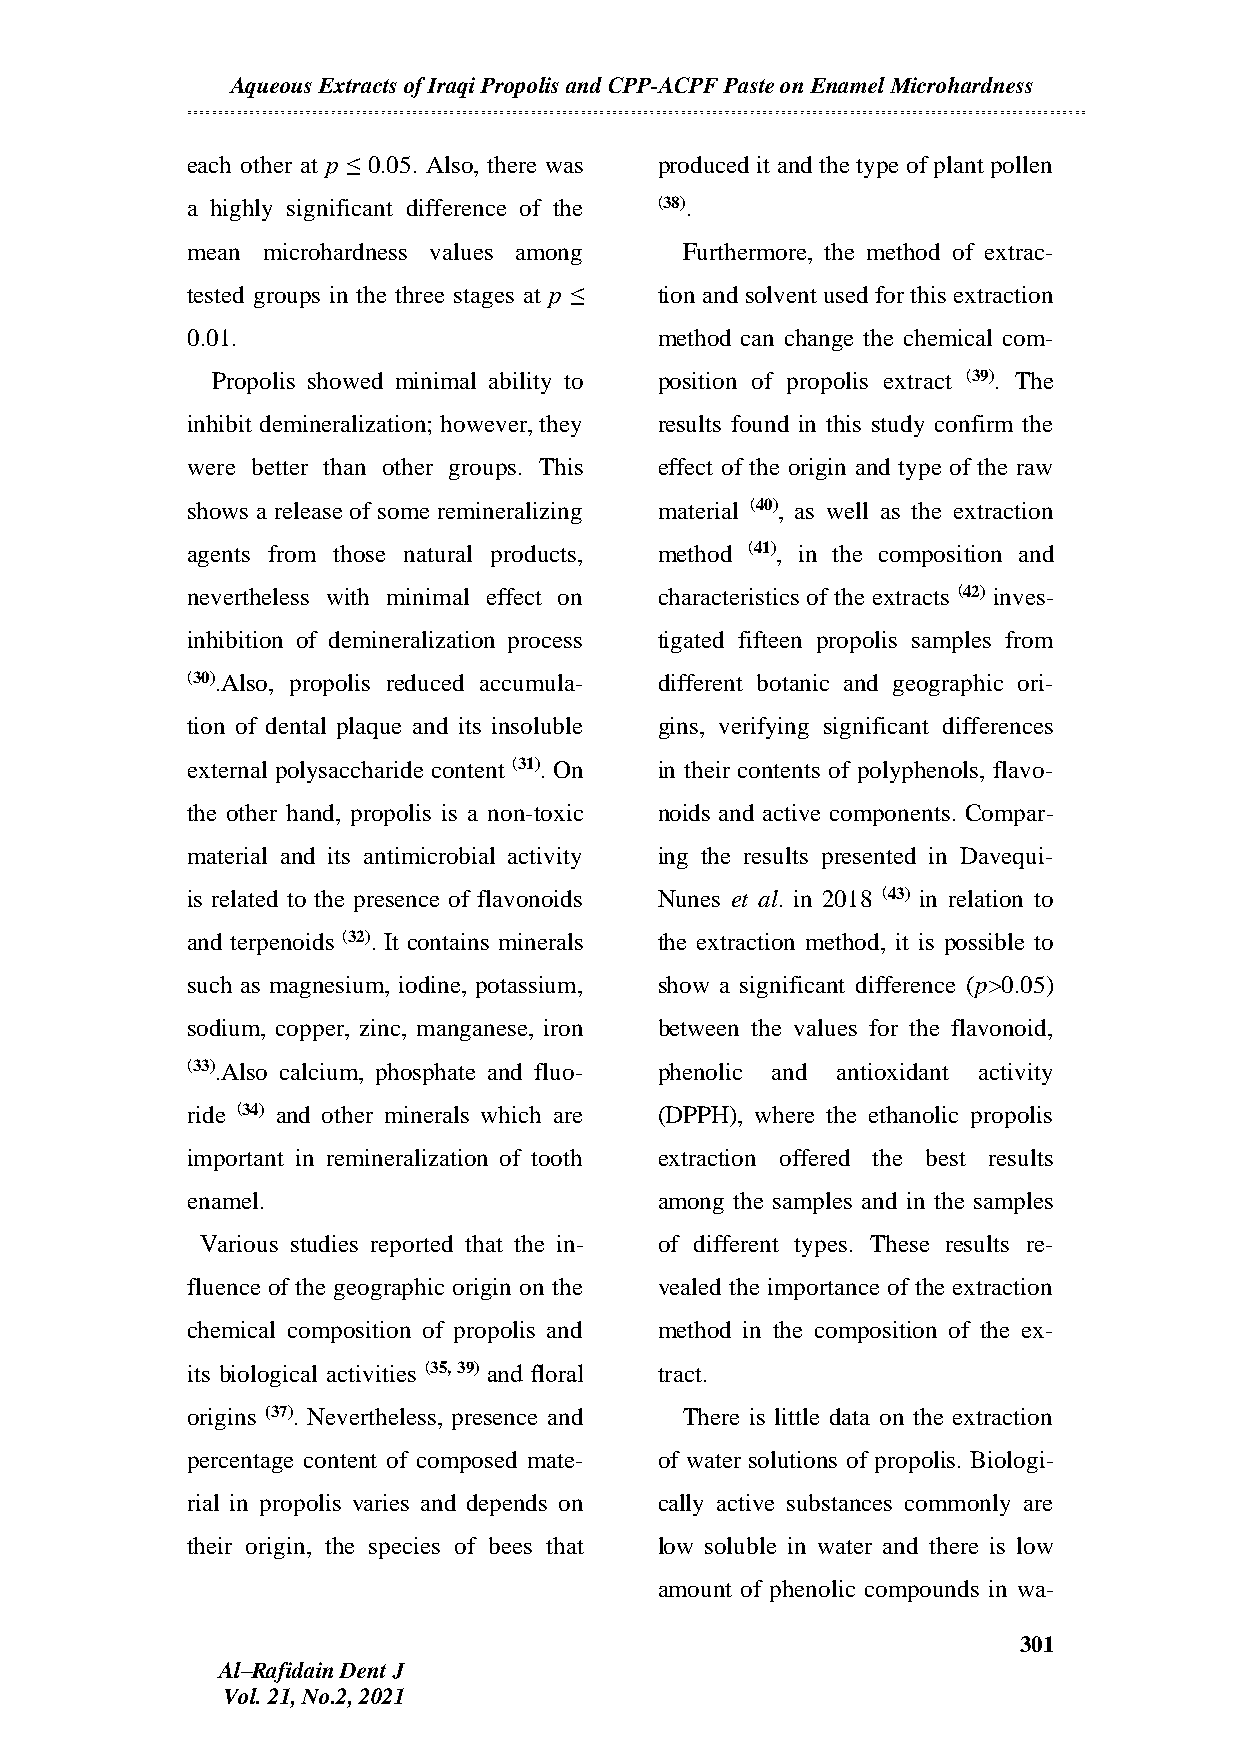
Aqueous Extracts of Iraqi Propolis and CPP-ACPF Paste on Enamel Microhardn ess
 each other at p ≤ 0.05. Also, there was produced it and the type of plant pollen
 a highly significant difference of the (38).
 mean microhardness values among  Furthermore, the method of extrac-
 tested groups in the three stages at p ≤ tion and solvent used for this extraction
 0.01.                           method can change the chemical com-
 Propolis showed minimal ability to position of propolis extract (39). The
 inhibit demineralization; however, they results found in this study confirm the
 were better than other groups. This effect of the origin and type of the raw
 shows a release of some remineralizing material (40), as well as the extraction
 agents from those natural products, method (41), in the composition and
 nevertheless with minimal effect on characteristics of the extracts (42) inves-
 inhibition of demineralization process tigated fifteen propolis samples from
 (30).Also, propolis reduced accumula- different botanic and geographic ori-
 tion of dental plaque and its insoluble gins, verifying significant differences
 external polysaccharide content (31). On in their contents of polyphenols, flavo-
 the other hand, propolis is a non-toxic noids and active components. Compar-
 material and its antimicrobial activity ing the results presented in Davequi-
 is related to the presence of flavonoids Nunes et al. in 2018 (43) in relation to
 and terpenoids (32). It contains minerals the extraction method, it is possible to
 such as magnesium, iodine, potassium, show a significant difference (p>0.05)
 sodium, copper, zinc, manganese, iron between the values for the flavonoid,
 (33).Also calcium, phosphate and fluo- phenolic and antioxidant activity
 ride (34) and other minerals which are (DPPH), where the ethanolic propolis
 important in remineralization of tooth extraction offered the best results
 enamel.                         among the samples and in the samples
 Various studies reported that the in- of different types. These results re-
 fluence of the geographic origin on the vealed the importance of the extraction
 chemical composition of propolis and method in the composition of the ex-
 its biological activities (35, 39) and floral tract.
 origins (37). Nevertheless, presence and There is little data on the extraction
 percentage content of composed mate- of water solutions of propolis. Biologi-
 rial in propolis varies and depends on cally active substances commonly are
 their origin, the species of bees that low soluble in water and there is low
 amount of phenolic compounds in wa-
 301
 Al–Rafidain Dent J
 Vol. 21, No.2, 2021